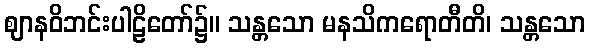
ဈာနဝိဘင်းပါဠိတော်၌။ သန္တသော မနသိကရောတီတိ၊ သန္တသော